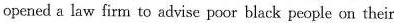
opened a law firm to advise poor black people on their